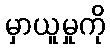
မှာယူမှုကို